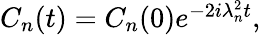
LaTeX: \begin{array}{r}{C_{n}(t)=C_{n}(0)e^{-2i\lambda_{n}^{2}t},}\end{array}